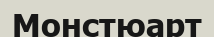
Монстюарт